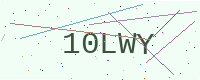
Text: 10LWY